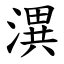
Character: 潩